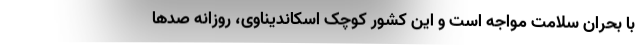
با بحران سلامت مواجه است و این کشور کوچک اسکاندیناوی، روزانه صدها